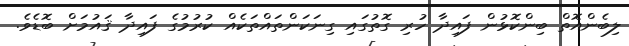
ލިބެންއޮތް ބިންކޮޅުން ފައިދާ ހުރި ގޮތުގައި ގިނަކަންތައްތަކެއް ކުރުމުގެ ފައިދާ ޤައުމަށް ބޮޑެވެ.